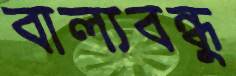
বাল্যবন্ধুু